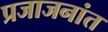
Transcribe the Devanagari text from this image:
प्रजाजनांत